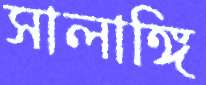
সালাঙ্গি